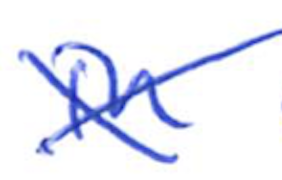
Text: in
Cross-out: cross
Writing tool: ballpoint